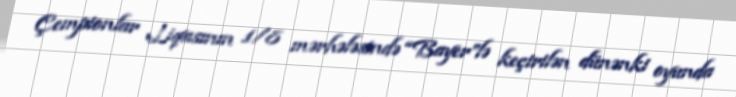
Çempionlar Liqasının 1/8 mərhələsində “Bayer”lə keçirilən dünənki oyunda